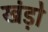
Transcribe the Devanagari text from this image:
खंड़ो